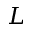
L